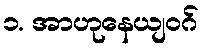
၁. အာဟုနေယျဝဂ်